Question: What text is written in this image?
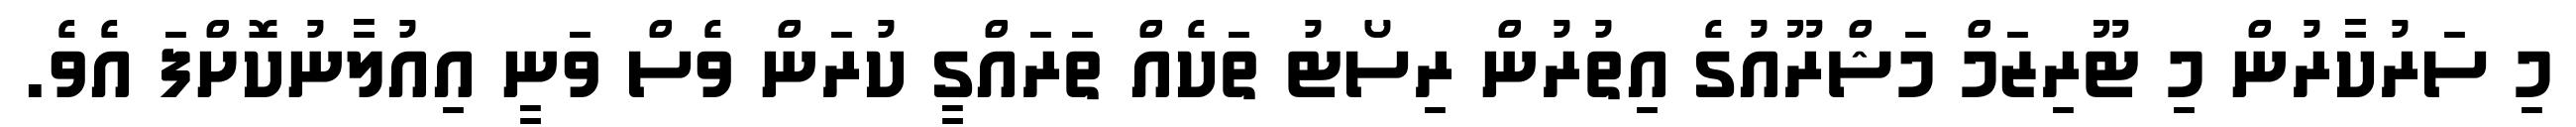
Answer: މި ސަރުކާރުން މި ޓޫރިޒަމް މަޝްރޫއުގެ އިތުރުން ރިސޯޓު ތަކެއް ތަރައްގީ ކުރަން ވެސް ވަނީ އިއުލާނުކޮށްފަ އެވެ.